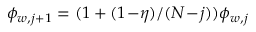
\phi _ { w , j + 1 } = ( 1 + ( 1 \! - \! \eta ) / ( N \! - \! j ) ) \phi _ { w , j }